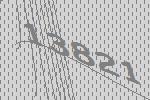
13821